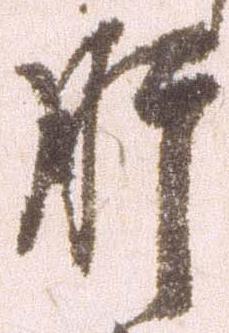
肝